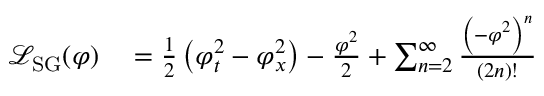
\begin{array} { r l } { { \mathcal { L } } _ { \mathrm { S G } } ( \varphi ) } & { { } = { \frac { 1 } { 2 } } \left( \varphi _ { t } ^ { 2 } - \varphi _ { x } ^ { 2 } \right) - { \frac { \varphi ^ { 2 } } { 2 } } + \sum _ { n = 2 } ^ { \infty } { \frac { \left( - \varphi ^ { 2 } \right) ^ { n } } { ( 2 n ) ! } } } \end{array}